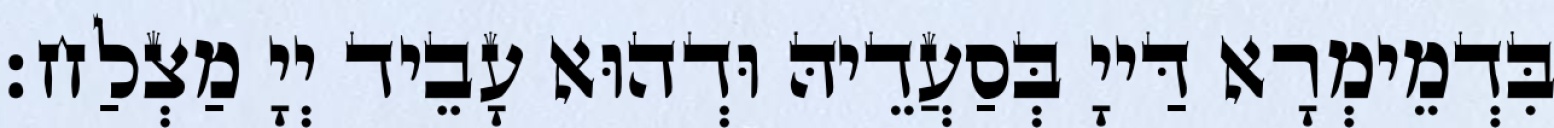
בִּדְמֵימְרָא דַּייָ בְּסַעֲדֵיהּ וּדְהוּא עָבֵיד יְיָ מַצְלַח׃